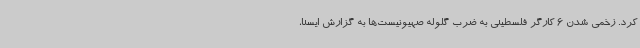
کرد. زخمی شدن 6 کارگر فلسطینی به ضرب گلوله صهیونیست‌ها به گزارش ایسنا،